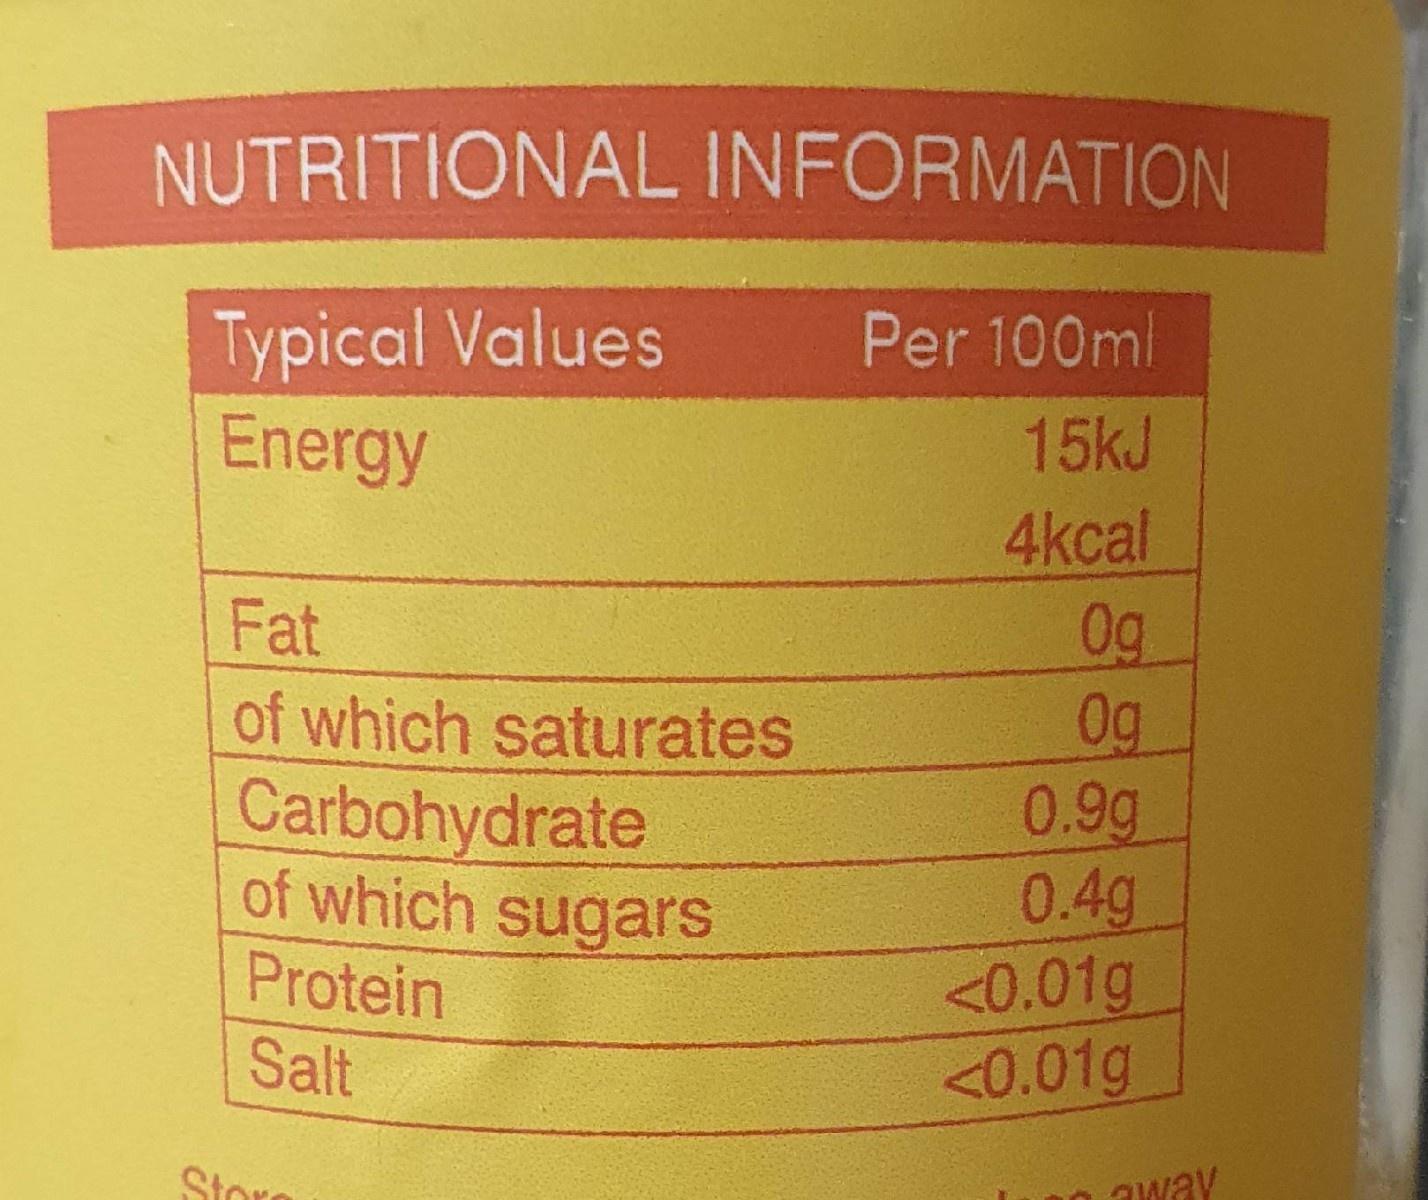
NUTRITIONAL INFORMATION
Typical Values Energy
Per 100ml
15kJ
4kcal 0g 0g 0.9g 0.4g <0.01g <0.01g
Fat
of which saturates Carbohydrate of which sugars
Protein
Salt
Store
away